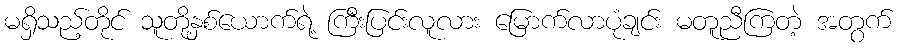
မရှိသည့်တိုင် သူတို့နှစ်ယောက်ရဲ့ ကြီးပြင်းလူလား မြောက်လာပုံချင်း မတူညီကြတဲ့ အတွက်